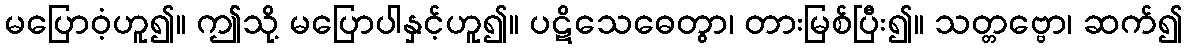
မပြောဝံ့ဟူ၍။ ဤသို့ မပြောပါနှင့်ဟူ၍။ ပဋိသေဓေတွာ၊ တားမြစ်ပြီး၍။ သတ္တဗ္ဗော၊ ဆက်၍